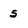
Character: 5